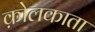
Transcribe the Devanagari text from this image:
क़ोलकाता